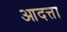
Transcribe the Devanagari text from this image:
आदत्ता